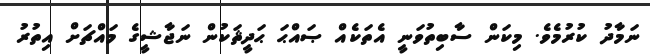
ނަމާދު ކުރުމެވެ. މިކަން ސާބިތުވަނީ އެތަކެއް ޞައްޙަ ޙަދީޘަކުން ނަޖާޝީގެ މައްޗަށް އިތުރު